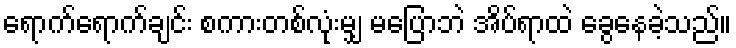
ရောက်ရောက်ချင်း စကားတစ်လုံးမျှ မပြောဘဲ အိပ်ရာထဲ ခွေနေခဲ့သည်။